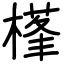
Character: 樥